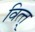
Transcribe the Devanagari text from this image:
वित्त्